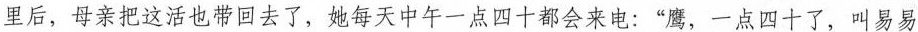
里后，母亲把这活也带回去了，她每天中午一点四十都会来电：”鹰，一点四十了，叫易易